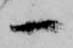
一